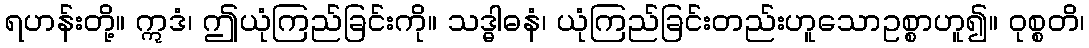
ရဟန်းတို့။ ဣဒံ၊ ဤယုံကြည်ခြင်းကို။ သဒ္ဓါဓနံ၊ ယုံကြည်ခြင်းတည်းဟူသောဥစ္စာဟူ၍။ ဝုစ္စတိ၊